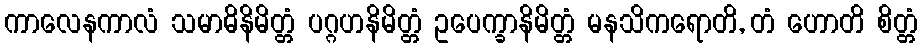
ကာလေနကာလံ သမာဓိနိမိတ္တံ ပဂ္ဂဟနိမိတ္တံ ဥပေက္ခာနိမိတ္တံ မနသိကရောတိ, တံ ဟောတိ စိတ္တံ